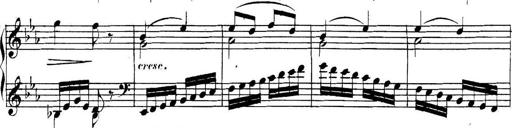
Title: Collected Piano Sonatas
Composer: Muzio Clementi